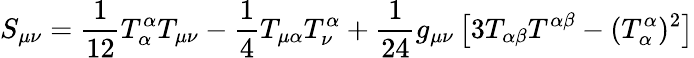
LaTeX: S_{\mu\nu}=\frac{1}{12}T_{\alpha}^{\alpha}T_{\mu\nu}-\frac{1}{4}T_{\mu\alpha}T_{\nu}^{\alpha}+\frac{1}{24}g_{\mu\nu}\left[3T_{\alpha\beta}T^{\alpha\beta}-(T_{\alpha}^{\alpha})^{2}\right]